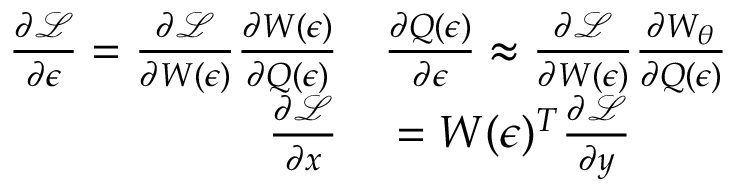
\begin{array} { r l } { \frac { \partial \mathcal { L } } { \partial \epsilon } = \frac { \partial \mathcal { L } } { \partial W ( \epsilon ) } \frac { \partial W ( \epsilon ) } { \partial Q ( \epsilon ) } } & { { } \frac { \partial Q ( \epsilon ) } { \partial \epsilon } \approx \frac { \partial \mathcal { L } } { \partial W ( \epsilon ) } \frac { \partial W _ { \theta } } { \partial Q ( \epsilon ) } } \\ { \frac { \partial \mathcal { L } } { \partial x } } & { { } = W ( \epsilon ) ^ { T } \frac { \partial \mathcal { L } } { \partial y } } \end{array}